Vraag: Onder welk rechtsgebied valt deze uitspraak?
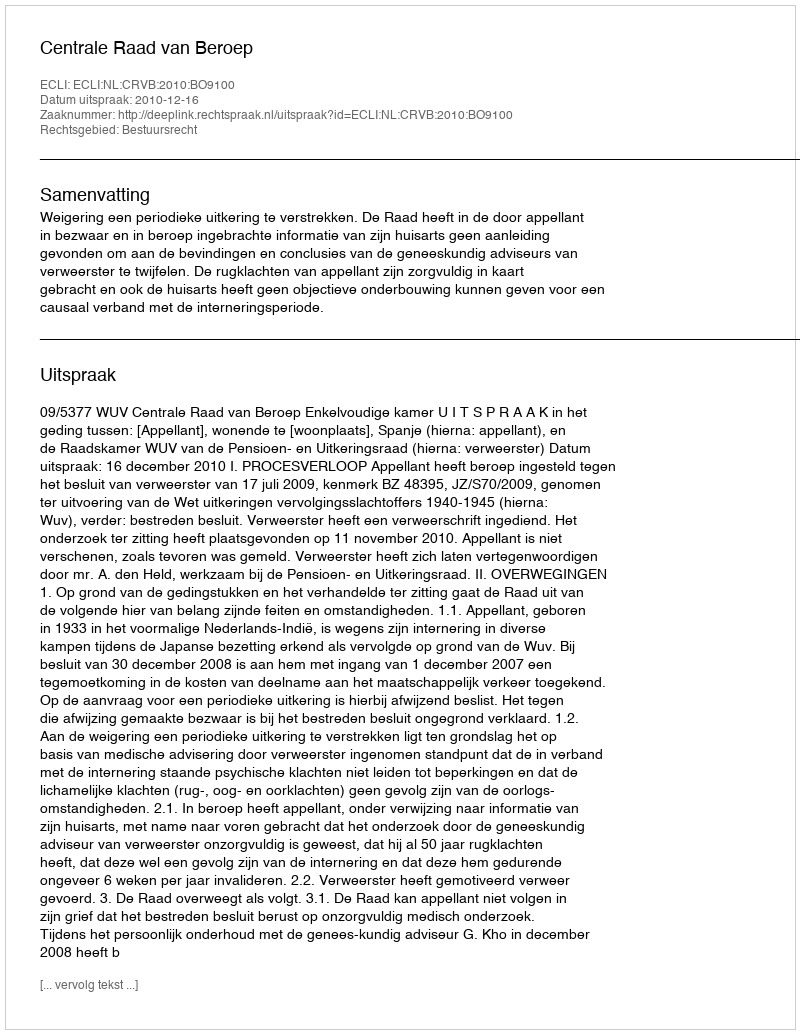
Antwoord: Bestuursrecht